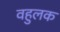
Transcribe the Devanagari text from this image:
वहुलक